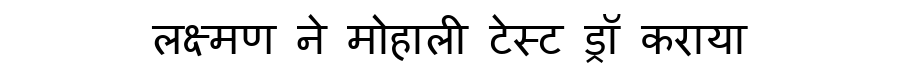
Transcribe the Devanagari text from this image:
लक्ष्मण ने मोहाली टेस्ट ड्रॉ कराया